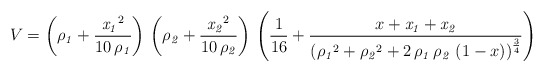
\begin{align*}V = \left( {\it \rho_{1}} + {{{{{\it x_{1}}}^2}}\over {10\,{\it \rho_{1}}}}\right) \,\left( {\it \rho_{2}} + {{{{{\it x_{2}}}^2}}\over {10\,{\it\rho_{2}}}} \right) \,\left( \frac{1}{16} + {{x + {\it x_{1}} + {\it x_{2}}}\over{{{\left( {{{\it \rho_{1}}}^2} + {{{\it \rho_{2}}}^2} + 2\,{\it \rho_{1}}\,{\it \rho_{2}}\,\left( 1 - x \right)\right) }^{{3\over 4}}}}} \right)\end{align*}